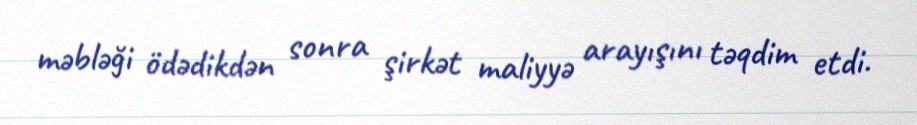
məbləği ödədikdən sonra şirkət maliyyə arayışını təqdim etdi.